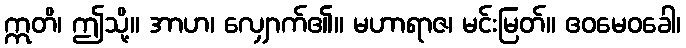
ဣတိ၊ ဤသို့။ အာဟ၊ လျှောက်၏။ မဟာရာဇ၊ မင်းမြတ်။ ဧဝမေဝခေါ၊